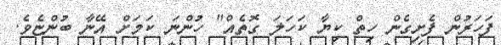
ފަހަރުން ފެށިގެން ހިތް ކިޔާ ކަހަލަ ގޮތެއް" ހުންނަ ކަމަށް އޭނާ ބުންޏެވެ.